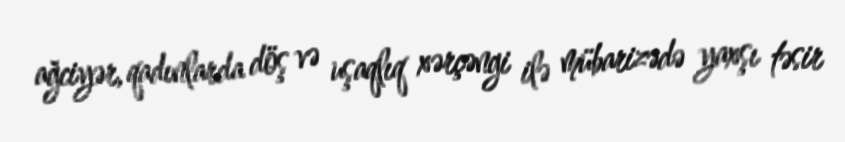
ağciyər, qadınlarda döş və uşaqlıq xərçəngi ilə mübarizədə yaxşı təsir